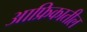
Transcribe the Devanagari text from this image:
आफ्रिकातील